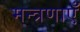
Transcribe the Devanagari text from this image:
मन्त्रणाएँ